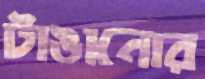
টাঙানোর